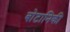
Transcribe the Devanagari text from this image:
बोटानिकी